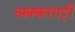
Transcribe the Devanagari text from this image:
अक्करपट्टी